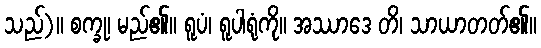
သည်)။ စက္ခု၊ မည်၏။ ရူပံ၊ ရူပါရုံကို။ အဿာဒေ တိ၊ သာယာတတ်၏။